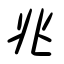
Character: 兆